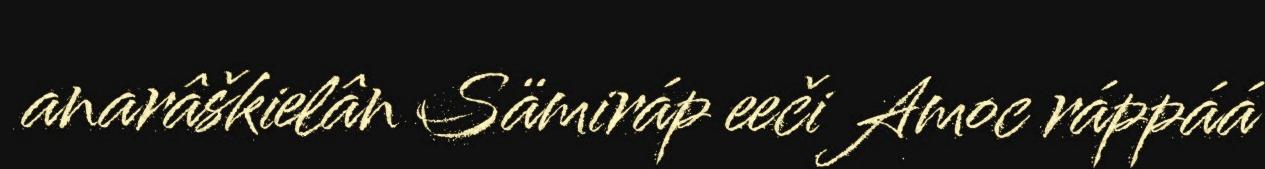
anarâškielân Sämiráp eeči Amoc ráppáá